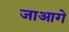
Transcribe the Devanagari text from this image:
जाआगे